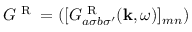
G ^ { \textrm { R } } = ( [ G _ { a \sigma b \sigma ^ { \prime } } ^ { \textrm { R } } ( \mathbf { k } , \omega ) ] _ { m n } )